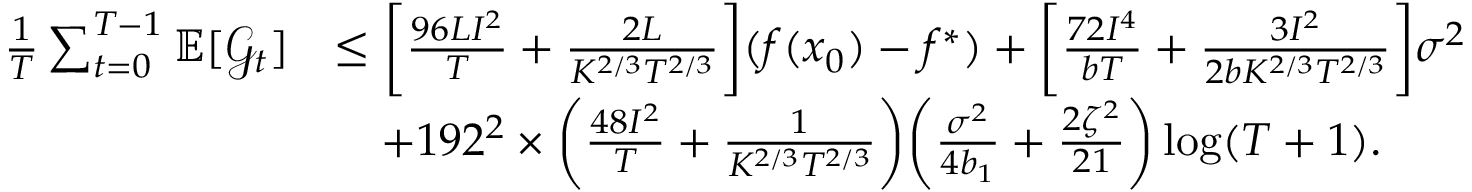
\begin{array} { r l } { \frac { 1 } { T } \sum _ { t = 0 } ^ { T - 1 } \mathbb { E } [ \mathcal { G } _ { t } ] } & { \leq \bigg [ \frac { 9 6 L I ^ { 2 } } { T } + \frac { 2 L } { K ^ { 2 / 3 } T ^ { 2 / 3 } } \bigg ] ( f ( x _ { 0 } ) - f ^ { \ast } ) + \bigg [ \frac { 7 2 I ^ { 4 } } { b T } + \frac { 3 I ^ { 2 } } { 2 b K ^ { 2 / 3 } T ^ { 2 / 3 } } \bigg ] \sigma ^ { 2 } } \\ & { \quad + 1 9 2 ^ { 2 } \times \bigg ( \frac { 4 8 I ^ { 2 } } { T } + \frac { 1 } { K ^ { 2 / 3 } T ^ { 2 / 3 } } \bigg ) \bigg ( \frac { \sigma ^ { 2 } } { 4 b _ { 1 } } + \frac { 2 \zeta ^ { 2 } } { 2 1 } \bigg ) \log ( T + 1 ) . } \end{array}